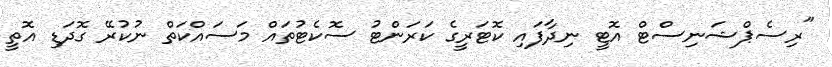
"ރިސެޕްޝަނިސްޓް އޮޓީ ނިދާފައި ކޮޓަރީގެ ކަރަންޓު ސޮކެޓުތައް މަސައްކަތް ނުކުރޭ ގޮދަޑި އޮތީ